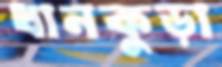
ধানকুড়া